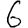
Digit: 6